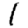
Digit: 1